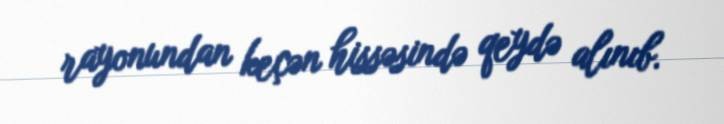
rayonundan keçən hissəsində qeydə alınıb.